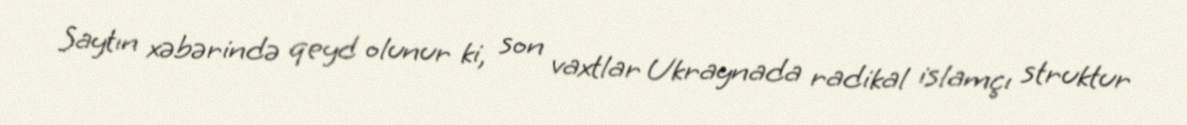
Saytın xəbərində qeyd olunur ki, son vaxtlar Ukraynada radikal islamçı struktur